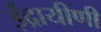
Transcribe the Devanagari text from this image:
ईंद्रायीणी